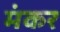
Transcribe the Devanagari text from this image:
मंकर